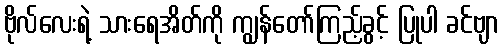
ဗိုလ်လေးရဲ့ သားရေအိတ်ကို ကျွန်တော်ကြည့်ခွင့် ပြုပါ ခင်ဗျာ